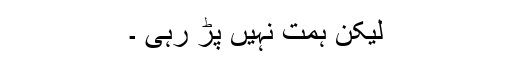
لیکن ہمت نہیں پڑ رہی ۔